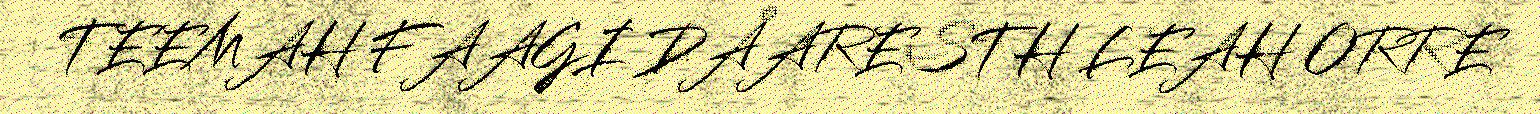
TEEMAH FAAGI DÅARESTH LEAH ORRE